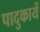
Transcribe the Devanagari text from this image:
पादुकायें